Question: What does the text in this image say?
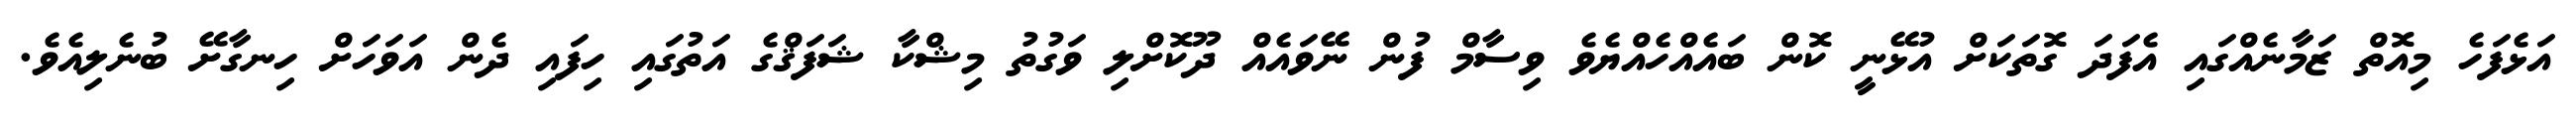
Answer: އަޅެފަހެ މިއޮތް ޒަމާނެއްގައި އެފަދަ ގޮތަކަށް އުޅޭނީ ކޮން ބައެއްހެއްޔެވެ ވިސާމް ފުން ނޭވައެއް ދޫކޮށްލި ވަގުތު މިޝްކާ ޝަފަޤްގެ އަތުގައި ހިފައި ދެން އަވަހަށް ހިނގާށޭ ބުނެލިއެވެ.